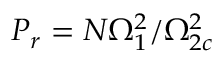
P _ { r } = N \Omega _ { 1 } ^ { 2 } / \Omega _ { 2 c } ^ { 2 }